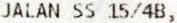
JALAN SS 15/4B,